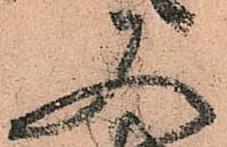
又